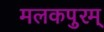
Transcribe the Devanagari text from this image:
मलकपुरम्‌